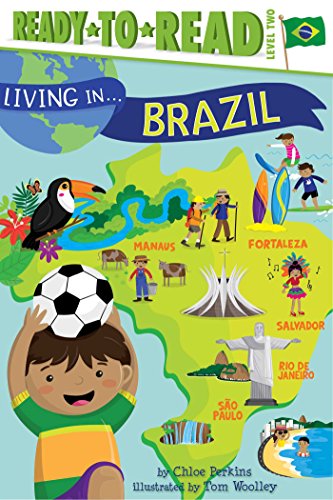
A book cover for Living in . . . Brazil; Chloe Perkins; Children's Books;